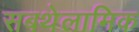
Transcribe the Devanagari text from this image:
सबथेलामिक